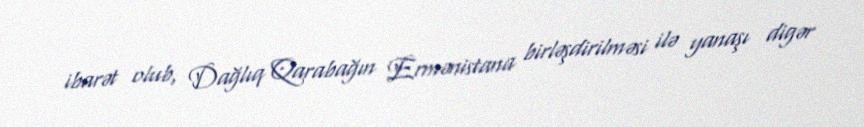
ibarət olub, Dağlıq Qarabağın Ermənistana birləşdirilməsi ilə yanaşı digər